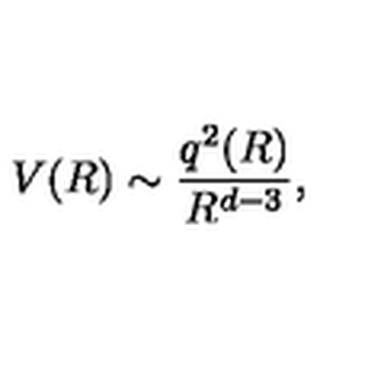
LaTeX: V ( R ) \sim \frac { q ^ { 2 } ( R ) } { R ^ { d - 3 } } ,